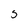
Character: 5